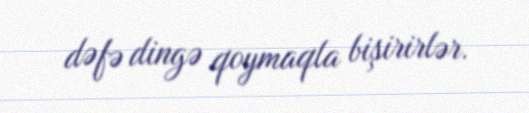
dəfə dingə qoymaqla bişirirlər.